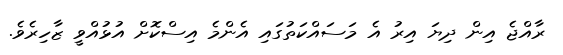
ރާއްޖެ އިން ދިޔަ އިރު އެ މަސައްކަތުގައި އެންމެ އިސްކޮށް އުޅުއްވީ ޒާހިރެވެ.